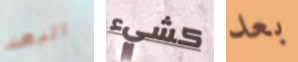
البعد كشيء بعد